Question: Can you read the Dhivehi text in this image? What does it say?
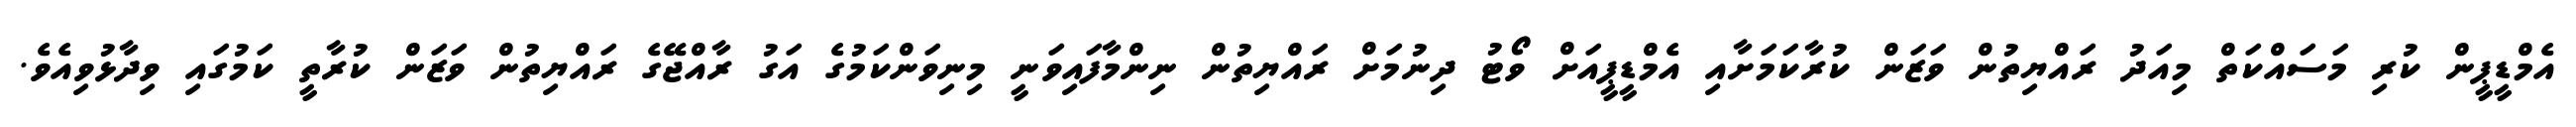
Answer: އެމްޑީޕީން ކުރި މަސައްކަތް މިއަދު ރައްޔިތުން ވަޒަން ކުރާކަމަށާއި އެމްޑީޕީއަށް ވޯޓު ދިނުމަށް ރައްޔިތުން ނިންމާފައިވަނީ މިނިވަންކަމުގެ އަގު ރާއްޖޭގެ ރައްޔިތުން ވަޒަން ކުރާތީ ކަމުގައި ވިދާޅުވިއެވެ.